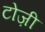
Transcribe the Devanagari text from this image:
टोज़ी